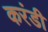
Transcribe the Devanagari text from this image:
करंडी